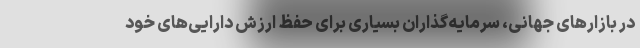
در بازارهای جهانی، سرمایه‌گذاران بسیاری برای حفظ ارزش دارایی‌های خود